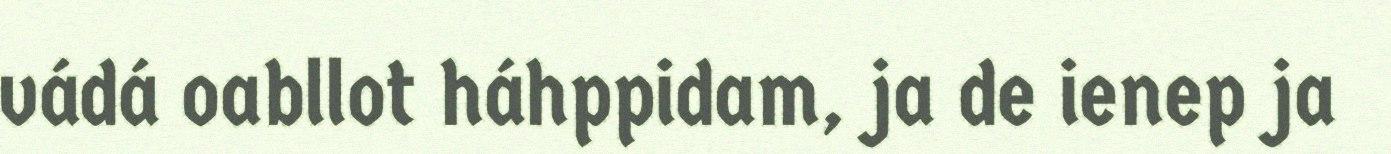
vádá oabllot háhppidam, ja de ienep ja